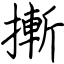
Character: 摲